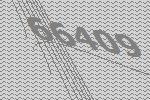
66409